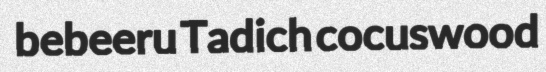
bebeeru Tadich cocuswood